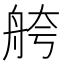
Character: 舿